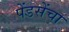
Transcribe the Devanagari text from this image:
पेंडसेंचा